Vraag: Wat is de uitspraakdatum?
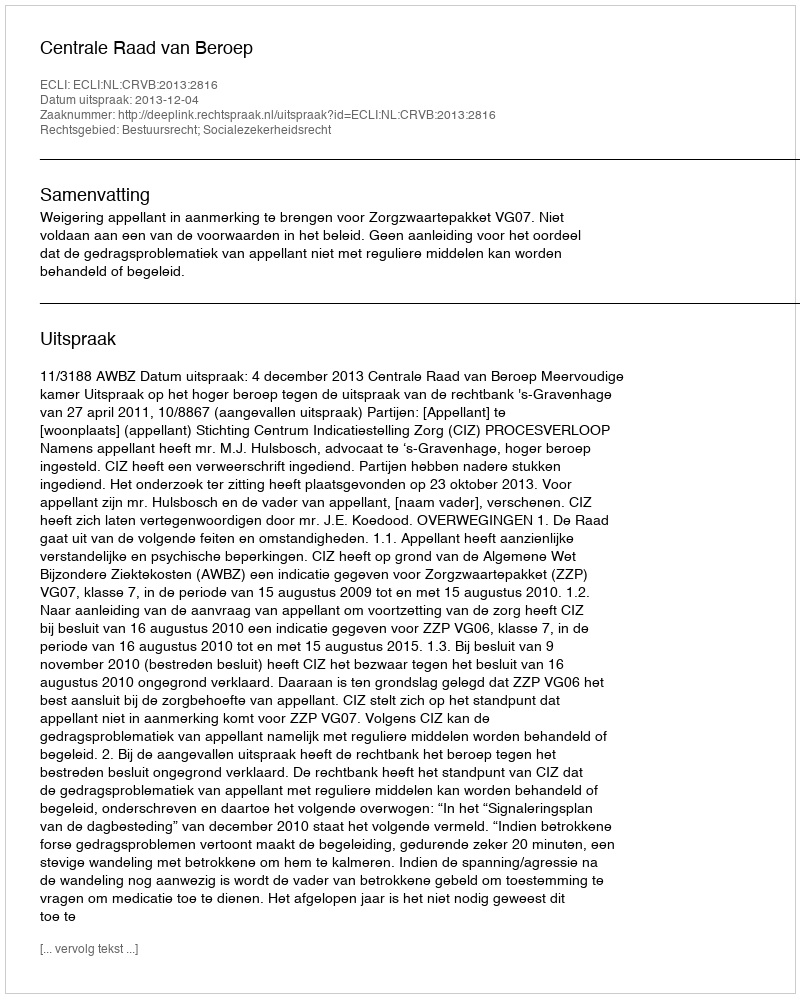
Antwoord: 2013-12-04